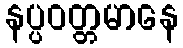
နပ္ပဝတ္တမာနေ